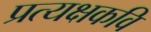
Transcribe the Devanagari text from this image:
प्रत्यक्षकवि